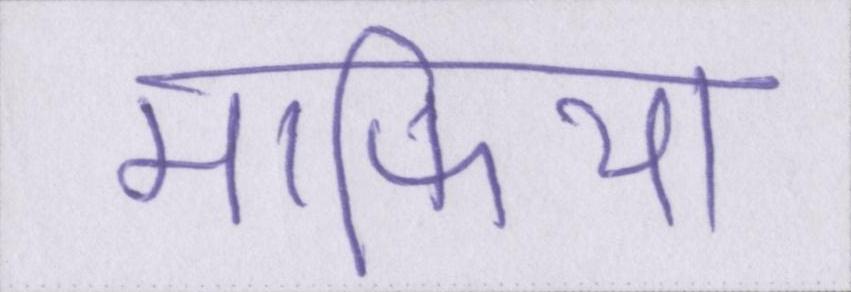
माफिया